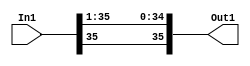
module velocityControlHdl_Convert_Data_Type1_block
          (
           In1,
           Out1
          );


  input   signed [35:0] In1;  // sfix36_En24
  output  signed [35:0] Out1;  // sfix36_En23


  wire signed [35:0] Data_Type_Conversion_out1;  // sfix36_En23


  // <S18>/Data Type Conversion
  assign Data_Type_Conversion_out1 = {In1[35], In1[35:1]};



  assign Out1 = Data_Type_Conversion_out1;

endmodule